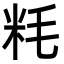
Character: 粍